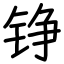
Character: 铮